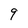
Character: 9